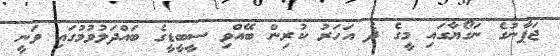
ޖަޕާނުގެ ނަގޯޔާގައި މީގެ ދެ އަހަރު ކުރިން ބޭއްވި ސީބީޑީގެ ބައްދަލުވުމުގައި ވަނީ